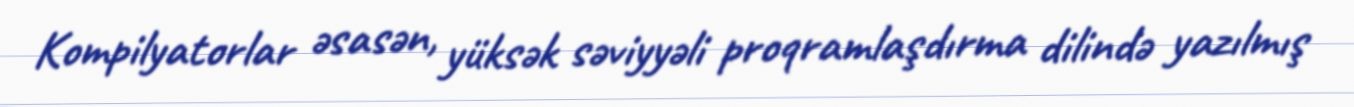
Kompilyatorlar əsasən, yüksək səviyyəli proqramlaşdırma dilində yazılmış